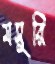
মসুরি